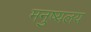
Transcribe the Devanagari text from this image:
मनुष्यलय